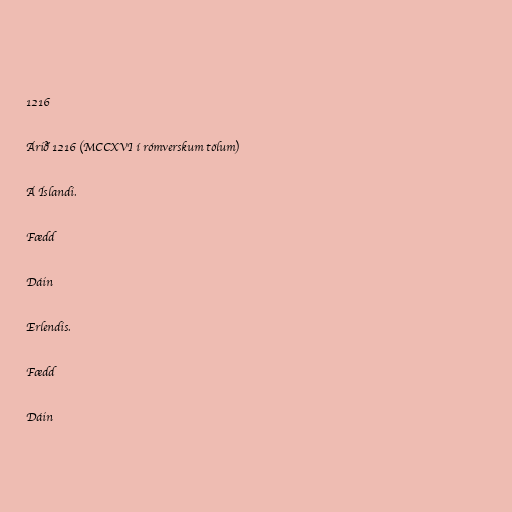
1216

Árið 1216 (MCCXVI í rómverskum tölum)

Á Íslandi.

Fædd

Dáin

Erlendis.

Fædd

Dáin